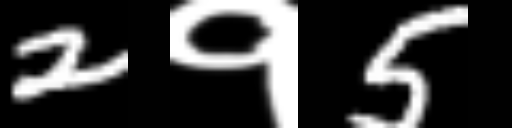
Text: 2१5